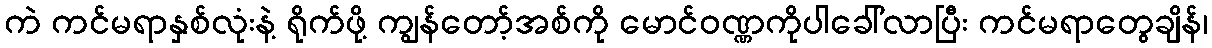
ကဲ ကင်မရာနှစ်လုံးနဲ့ ရိုက်ဖို့ ကျွန်တော့်အစ်ကို မောင်ဝဏ္ဏကိုပါခေါ်လာပြီး ကင်မရာတွေချိန်၊